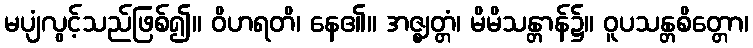
မပျံလွင့်သည်ဖြစ်၍။ ဝိဟရတိ၊ နေ၏။ အဇ္ဈတ္တံ၊ မိမိသန္တာန်၌။ ဝူပသန္တစိတ္တော၊